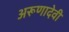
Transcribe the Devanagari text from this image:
अरूणादेवी